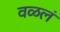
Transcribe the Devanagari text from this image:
वळलं